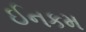
ઈનકમ